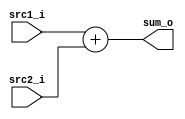
/***************************************************
Student Name:  
Student ID: 0716080 0716203
***************************************************/

`timescale 1ns/1ps

module Adder(
    input  [31:0] src1_i,
	input  [31:0] src2_i,
	output [31:0] sum_o
	);
    
/* Write your code HERE */

assign sum_o = src1_i + src2_i;

endmodule